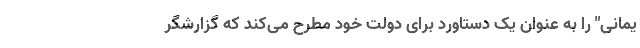
یمانی" را به عنوان یک دستاورد برای دولت خود مطرح می‌کند که گزارشگر